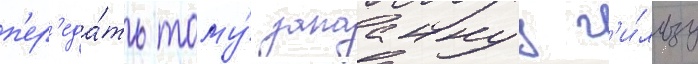
п'ер'еда́ть тому́ запааннуу г'и́льзу